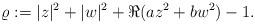
LaTeX: \begin{align*}\varrho := |z|^2 + |w|^2 + \Re(az^2 + bw^2) -1.\end{align*}